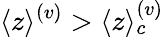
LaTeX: \langle z\rangle^{(v)}>\langle z\rangle_{c}^{(v)}